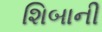
શિબાની